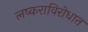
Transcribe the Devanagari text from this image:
लष्कराविरोधात